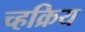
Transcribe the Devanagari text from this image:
च्हक्रिय